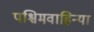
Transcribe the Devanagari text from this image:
पश्चिमवाहिन्या